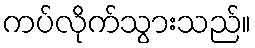
ကပ်လိုက်သွားသည်။